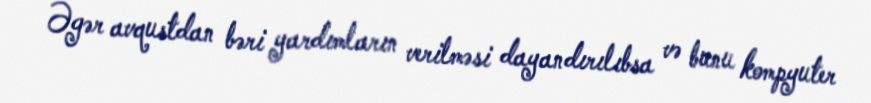
Əgər avqustdan bəri yardımların verilməsi dayandırılıbsa və bunu kompyuter